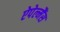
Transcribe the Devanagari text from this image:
ऐपेल्मैंस